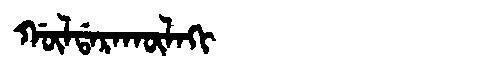
Manchu: ᡤᡡᠯᡩᠠᡵᠠᡴᡡᠯᠠᡴᡳ
Romanization: GŪLDARAKŪLAKI